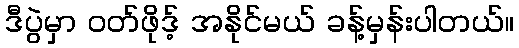
ဒီပွဲမှာ ဝတ်ဖိုဒ့် အနိုင်မယ် ခန့်မှန်းပါတယ်။